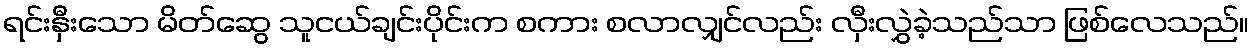
ရင်းနှီးသော မိတ်ဆွေ သူငယ်ချင်းပိုင်းက စကား စလာလျှင်လည်း လှီးလွှဲခဲ့သည်သာ ဖြစ်လေသည်။